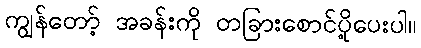
ကျွန်တော့် အခန်းကို တခြားစောင်ပို့ပေးပါ။